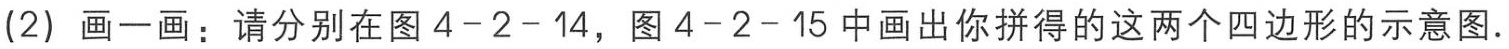
(2) 画一画：请分别在图 4-2-14，图 4-2-15 中画出你拼得的这两个四边形的示意图.